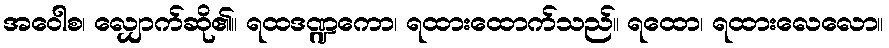
အဝေါစ၊ လျှောက်ဆို၏။ ရထဒဏ္ဍကော၊ ရထားထောက်သည်။ ရထော၊ ရထားလေလော။